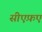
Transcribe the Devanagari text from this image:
सीएफ़ए